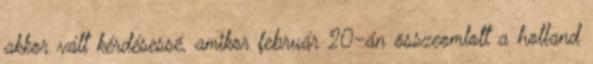
akkor vált kérdésessé, amikor február 20-án összeomlott a holland